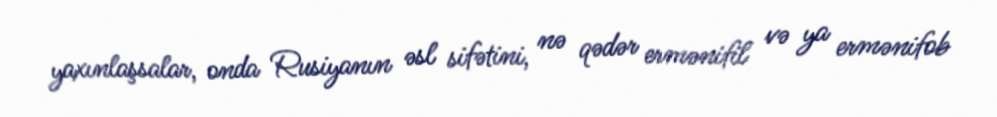
yaxınlaşsalar, onda Rusiyanın əsl sifətini, nə qədər ermənifil və ya ermənifob